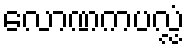
လောဏကပလ္လံ